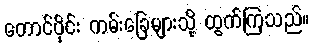
တောင်ပိုင်း ကမ်းခြေများသို့ ထွက်ကြသည်။